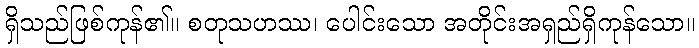
ရှိသည်ဖြစ်ကုန်၏။ စတုသဟဿ၊ ပေါင်းသော အတိုင်းအရှည်ရှိကုန်သော။